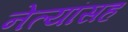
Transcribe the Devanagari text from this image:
नेत्यांसह